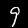
Digit: 9